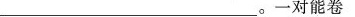
______________。一对能卷